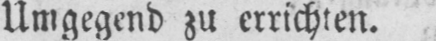
Umgegend zu errichten.